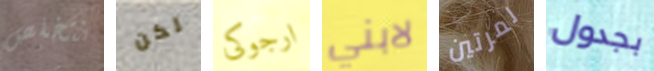
نتخلص لكن ارجوكى لابني لمرتين بجدول